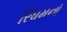
રિધમનો